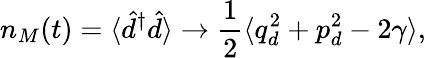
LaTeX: n_{M}(t)=\langle\hat{d}^{\dagger}\hat{d}\rangle\to\frac{1}{2}\langle q_{d}^{2}+p_{d}^{2}-2\gamma\rangle,